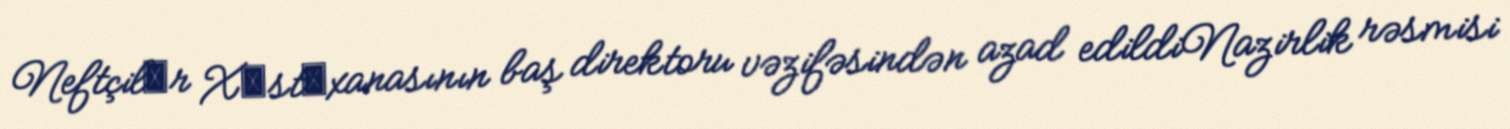
Neftçilәr Xәstәxanasının baş direktoru vəzifəsindən azad edildiNazirlik rəsmisi